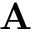
\mathbf { A }